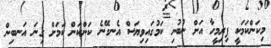
މިކަންކަމަކީ ފިރިމީހާ އަށް ނުބުނި ކަމުގައިވިޔަސް އެނގޭނެ ކަންކަން ކަމަށް ގިނަ އަނބިން